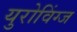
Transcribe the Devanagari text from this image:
युरोविंग्ज